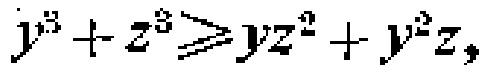
$y^{3}+z^{3}\geqslant yz^{2}+y^{2}z,$